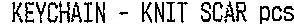
KEYCHAIN - KNIT SCAR PCS